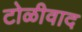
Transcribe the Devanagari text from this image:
टोळीवाद